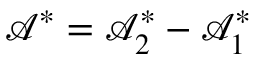
\mathcal { A } ^ { \ast } = \mathcal { A } _ { 2 } ^ { \ast } - \mathcal { A } _ { 1 } ^ { \ast }